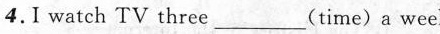
4.I watch TV three___(time)a week.